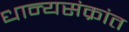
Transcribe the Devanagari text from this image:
धान्यसंक्रांत